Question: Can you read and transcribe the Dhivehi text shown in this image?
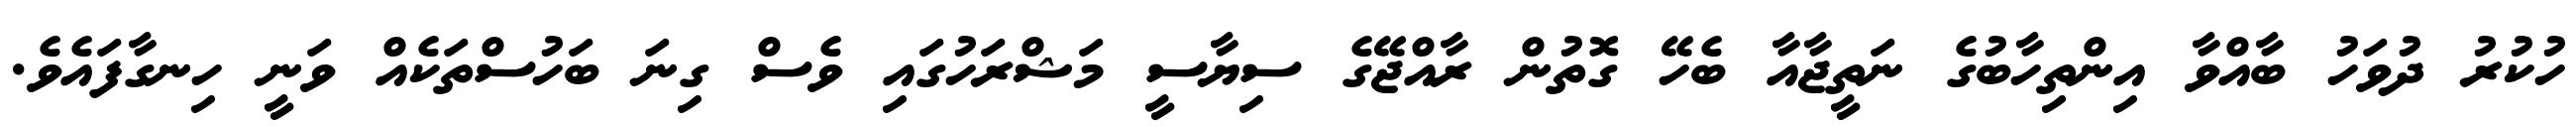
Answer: ހުކުރު ދުވަހު ބާއްވާ އިންތިހާބުގެ ނަތީޖާއާ ބެހޭ ގޮތުން ރާއްޖޭގެ ސިޔާސީ މަޝްރަހުގައި ވެސް ގިނަ ބަހުސްތަކެއް ވަނީ ހިނގާފައެވެ.